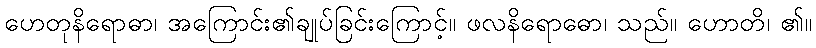
ဟေတုနိရောဓာ၊ အကြောင်း၏ချုပ်ခြင်းကြောင့်။ ဖလနိရောဓော၊ သည်။ ဟောတိ၊ ၏။